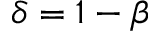
\delta = 1 - \beta